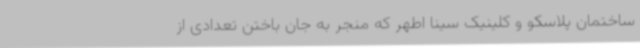
ساختمان پلاسکو و کلینیک سینا اطهر که منجر به جان باختن تعدادی از